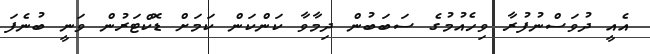
އެއީ ދުވަސްނުފުރާ ވިހެއުމުގެ ސަބަބުން ދިމާވާ ކަންކަން ކަމަށް ޑޮކްޓަރުން ވަނީ ބުނެފަ